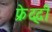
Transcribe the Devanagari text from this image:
फ्रेद्दी